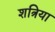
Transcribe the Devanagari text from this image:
शत्रिया